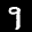
Label: 9